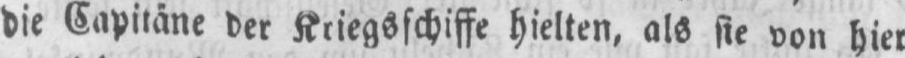
die Capitäne der Kriegsschiffe hielten, als sie von hier